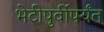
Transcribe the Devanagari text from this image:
भेटीपुर्वीपर्यंत